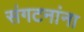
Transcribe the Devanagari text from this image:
संगटनांना